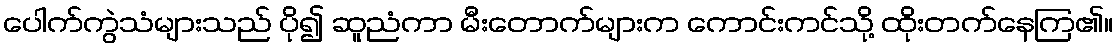
ပေါက်ကွဲသံများသည် ပို၍ ဆူညံကာ မီးတောက်များက ကောင်းကင်သို့ ထိုးတက်နေကြ၏။